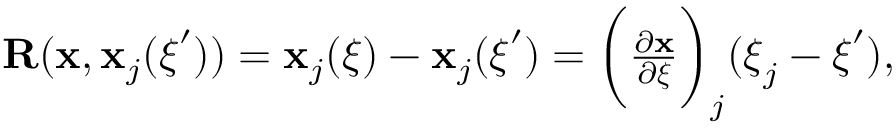
\begin{array} { r } { \mathbf { R } ( \mathbf { x } , \mathbf { x } _ { j } ( \boldsymbol { \xi } ^ { \prime } ) ) = \mathbf { x } _ { j } ( \boldsymbol { \xi } ) - \mathbf { x } _ { j } ( \boldsymbol { \xi } ^ { \prime } ) = \bigg ( \frac { \partial \mathbf { x } } { \partial \boldsymbol { \xi } } \bigg ) _ { j } ( \boldsymbol { \xi } _ { j } - \boldsymbol { \xi } ^ { \prime } ) , } \end{array}